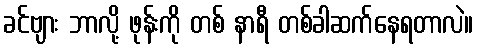
ခင်ဗျား ဘာလို့ ဖုန်းကို တစ် နာရီ တစ်ခါဆက်နေရတာလဲ။